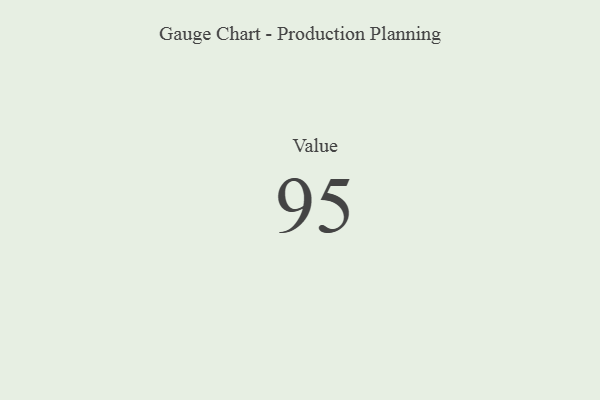
{"axis": {"x": "Metric", "y": "Value"}, "legend": [""], "data": [{"x": "Value", "y": 95, "type": ""}]}